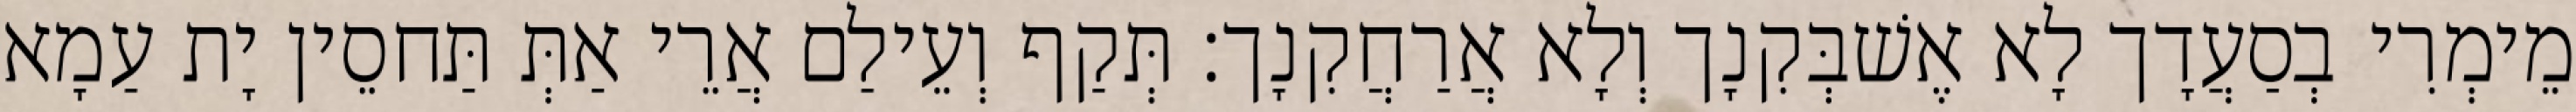
מֵימְרִי בְסַעֲדָך לָא אֶשׁבְּקִנָך וְלָא אֲרַחֲקִנָך׃ תְּקַף וְעֵילַם אֲרֵי אַתְּ תַּחסֵין יָת עַמָא